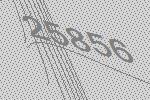
25856